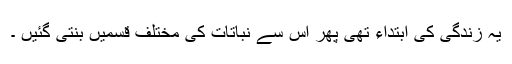
یہ زندگی کی ابتداء تھی پھر اس سے نباتات کی مختلف قسمیں بنتی گئیں ۔